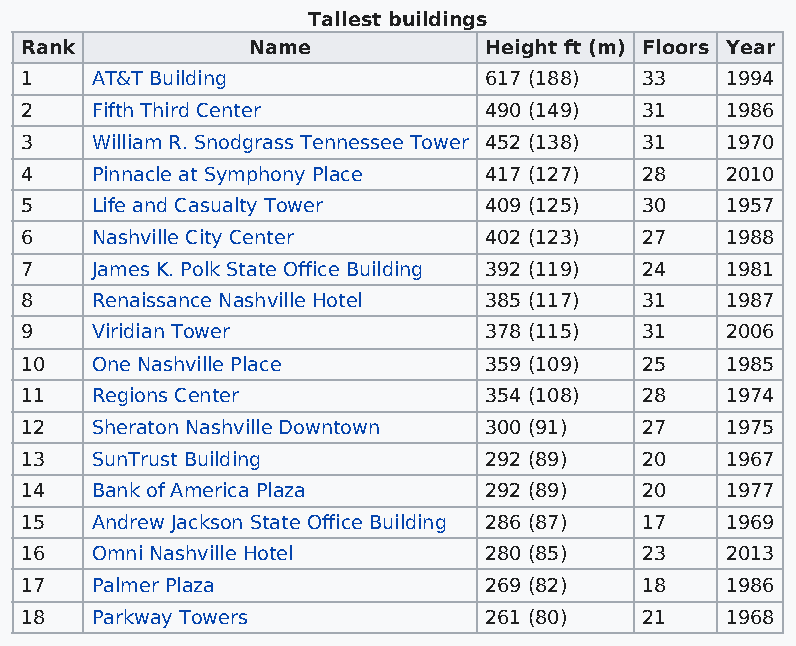
Tallest buildings
 Rank           Name            Height ft (m) Floors Year
 1    AT&T Building             617 (188)  33   1994
 2    Fifth Third Center        490 (149)  31   1986
 3    William R. Snodgrass Tennessee Tower 452 (138) 31 1970
 4    Pinnacle at Symphony Place 417 (127) 28   2010
 5    Life and Casualty Tower   409 (125)  30   1957
 6    Nashville City Center     402 (123)  27   1988
 7    James K. Polk State Office Building 392 (119) 24 1981
 8    Renaissance Nashville Hotel 385 (117) 31  1987
 9    Viridian Tower            378 (115)  31   2006
 10   One Nashville Place       359 (109)  25   1985
 11   Regions Center            354 (108)  28   1974
 12   Sheraton Nashville Downtown 300 (91) 27   1975
 13   SunTrust Building         292 (89)   20   1967
 14   Bank of America Plaza     292 (89)   20   1977
 15   Andrew Jackson State Office Building 286 (87) 17 1969
 16   Omni Nashville Hotel      280 (85)   23   2013
 17   Palmer Plaza              269 (82)   18   1986
 18   Parkway Towers            261 (80)   21   1968